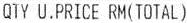
QTY U.PRICE RM(TOTAL)